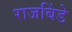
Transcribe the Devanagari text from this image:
राजबिंडे